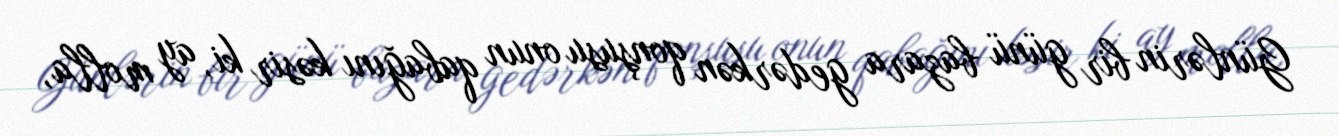
Günlərin bir günü bazara gedərkən qonşusu onun qabağını kəsir ki, ay molla,